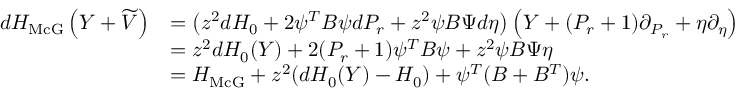
\begin{array} { r l } { d H _ { \operatorname { M c G } } \left( Y + \widetilde { V } \right) } & { = \left( z ^ { 2 } d H _ { 0 } + 2 \psi ^ { T } B \psi d P _ { r } + z ^ { 2 } \psi B \Psi d \eta \right) \left( Y + ( P _ { r } + 1 ) \partial _ { P _ { r } } + \eta \partial _ { \eta } \right) } \\ & { = z ^ { 2 } d H _ { 0 } ( Y ) + 2 ( P _ { r } + 1 ) \psi ^ { T } B \psi + z ^ { 2 } \psi B \Psi \eta } \\ & { = H _ { \operatorname { M c G } } + z ^ { 2 } ( d H _ { 0 } ( Y ) - H _ { 0 } ) + \psi ^ { T } ( B + B ^ { T } ) \psi . } \end{array}